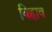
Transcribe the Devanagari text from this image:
बिहाव